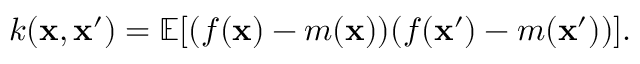
k ( \mathbf { x } , \mathbf { x ^ { \prime } } ) = \mathbb { E } [ ( f ( \mathbf { x } ) - m ( \mathbf { x } ) ) ( f ( \mathbf { x ^ { \prime } } ) - m ( \mathbf { x ^ { \prime } } ) ) ] .